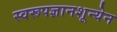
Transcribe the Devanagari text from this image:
स्वरूपज्ञानशून्येन